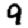
Digit: 9